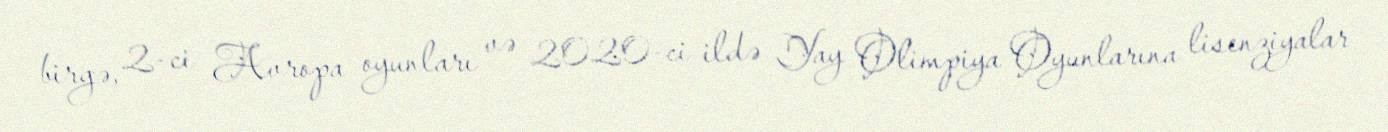
birgə, 2-ci Avropa oyunları və 2020-ci ildə Yay Olimpiya Oyunlarına lisenziyalar